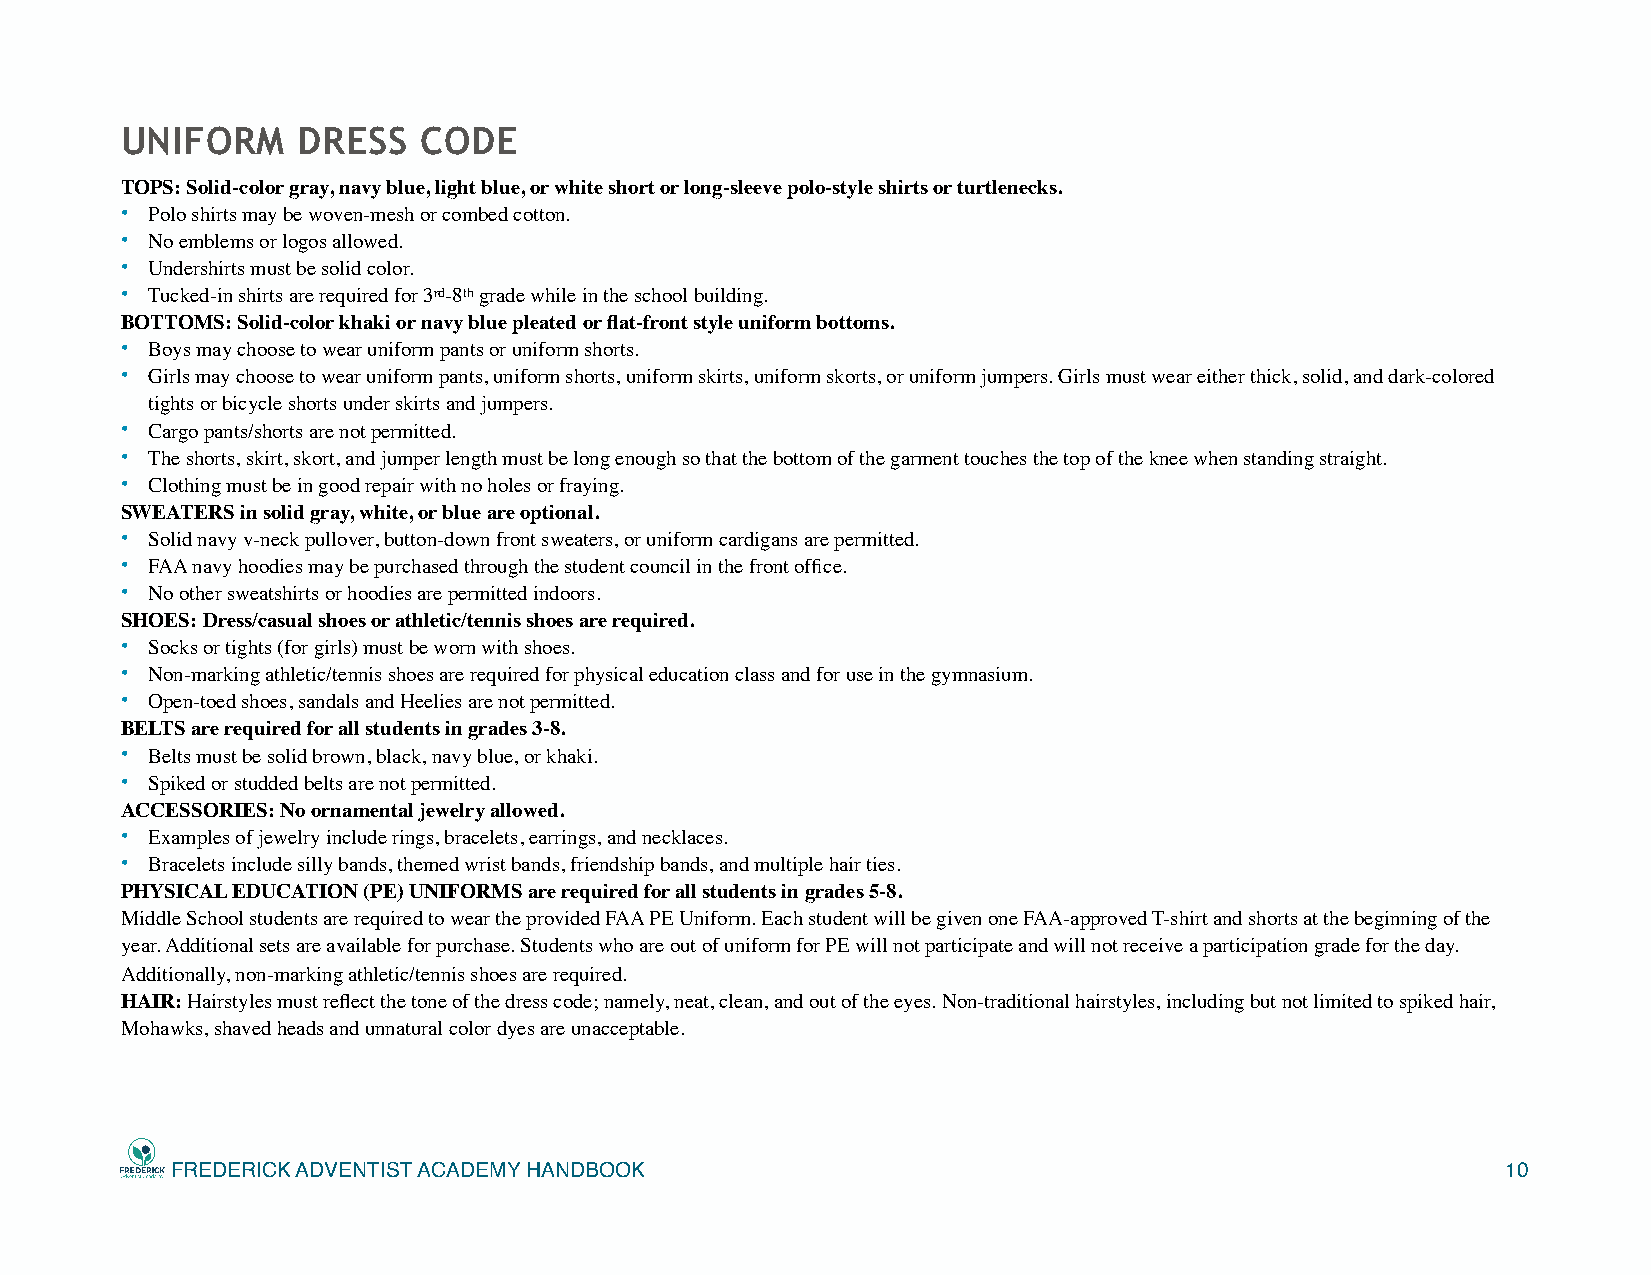
UNIFORM     DRESS   CODE
 TOPS: Solid-color gray, navy blue, light blue, or white short or long-sleeve polo-style shirts or turtlenecks.
 • Polo shirts may be woven-mesh or combed cotton.
 • No emblems or logos allowed.
 • Undershirts must be solid color.
 • Tucked-in shirts are required for 3rd-8th grade while in the school building.
 BOTTOMS: Solid-color khaki or navy blue pleated or flat-front style uniform bottoms.
 • Boys may choose to wear uniform pants or uniform shorts.
 • Girls may choose to wear uniform pants, uniform shorts, uniform skirts, uniform skorts, or uniform jumpers. Girls must wear either thick, solid, and dark-colored
 tights or bicycle shorts under skirts and jumpers.
 • Cargo pants/shorts are not permitted.
 • The shorts, skirt, skort, and jumper length must be long enough so that the bottom of the garment touches the top of the knee when standing straight.
 • Clothing must be in good repair with no holes or fraying.
 SWEATERS in solid gray, white, or blue are optional.
 • Solid navy v-neck pullover, button-down front sweaters, or uniform cardigans are permitted.
 • FAA navy hoodies may be purchased through the student council in the front office.
 • No other sweatshirts or hoodies are permitted indoors.
 SHOES: Dress/casual shoes or athletic/tennis shoes are required.
 • Socks or tights (for girls) must be worn with shoes.
 • Non-marking athletic/tennis shoes are required for physical education class and for use in the gymnasium.
 • Open-toed shoes, sandals and Heelies are not permitted.
 BELTS are required for all students in grades 3-8.
 • Belts must be solid brown, black, navy blue, or khaki.
 • Spiked or studded belts are not permitted.
 ACCESSORIES: No ornamental jewelry allowed.
 • Examples of jewelry include rings, bracelets, earrings, and necklaces.
 • Bracelets include silly bands, themed wrist bands, friendship bands, and multiple hair ties.
 PHYSICAL EDUCATION (PE) UNIFORMS are required for all students in grades 5-8.
 Middle School students are required to wear the provided FAA PE Uniform. Each student will be given one FAA-approved T-shirt and shorts at the beginning of the
 year. Additional sets are available for purchase. Students who are out of uniform for PE will not participate and will not receive a participation grade for the day.
 Additionally, non-marking athletic/tennis shoes are required.
 HAIR: Hairstyles must reflect the tone of the dress code; namely, neat, clean, and out of the eyes. Non-traditional hairstyles, including but not limited to spiked hair,
 Mohawks, shaved heads and unnatural color dyes are unacceptable.
 FREDERICK ADVENTIST ACADEMY HANDBOOK                                                     10